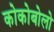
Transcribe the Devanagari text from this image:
कोकोबोलो